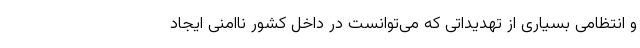
و انتظامی بسیاری از تهدیداتی که می‌توانست در داخل کشور ناامنی ایجاد